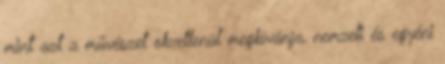
mint azt a művészet okvetlenül megkívánja, nemzeti és egyéni